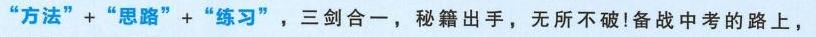
“方法”+“思路”+“练习”，三剑合一，秘籍出手，无所不破!备战中考的路上，